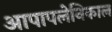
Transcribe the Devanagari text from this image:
आपापलेनिकाल